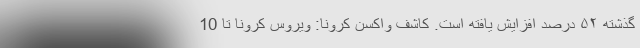
گذشته ۵۲ درصد افزایش یافته است. کاشف واکسن کرونا: ویروس کرونا تا 10